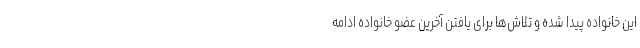
این خانواده پیدا شده و تلاش‌ها برای یافتن آخرین عضو خانواده ادامه